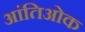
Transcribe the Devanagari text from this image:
आंतिओक